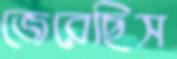
জেরেছিস